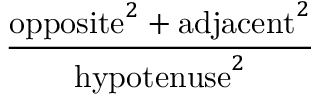
\frac { \mathrm { o p p o s i t e } ^ { 2 } + \mathrm { a d j a c e n t } ^ { 2 } } { \mathrm { h y p o t e n u s e } ^ { 2 } }